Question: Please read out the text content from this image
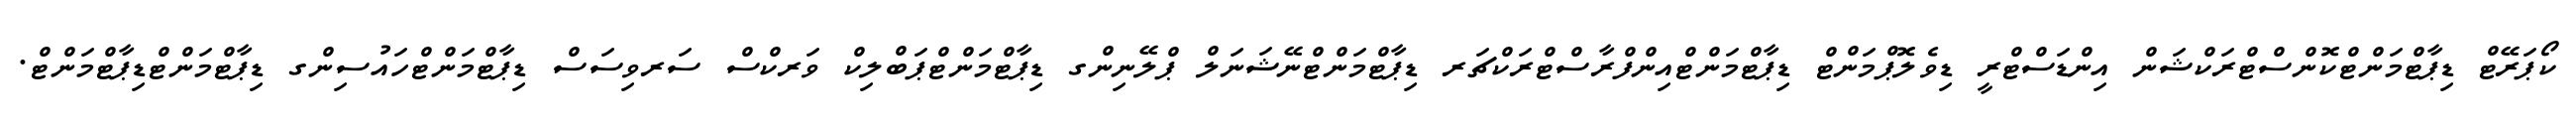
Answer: ކޯޕަރޭޓް ޑިޕާޓްމަންޓްކޮންސްޓްރަކްޝަން އިންޑަސްޓްރީ ޑިވެލޮޕްމަންޓް ޑިޕާޓްމަންޓްއިންފްރާސްޓްރަކްޗަރ ޑިޕާޓްމަންޓްނޭޝަނަލް ޕްލޭނިންގ ޑިޕާޓްމަންޓްޕަބްލިކް ވަރކްސް ސަރވިސަސް ޑިޕާޓްމަންޓްހައުސިންގ ޑިޕާޓްމަންޓްޑިޕާޓްމަންޓް.